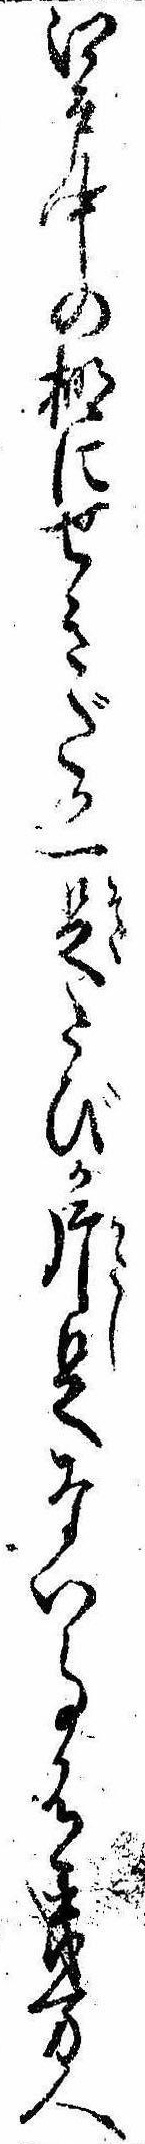
江戸中の棚にせきだか一足たびが片足ない事有幾万人